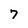
Character: 7